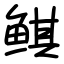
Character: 鲯